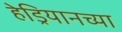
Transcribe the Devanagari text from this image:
हेड्रियानच्या